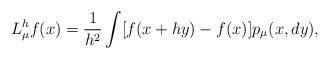
LaTeX: \begin{align*}L_{\mu}^hf(x)=\frac{1}{h^2}\int [f(x+hy)-f(x)] p_{\mu}(x,dy),\end{align*}